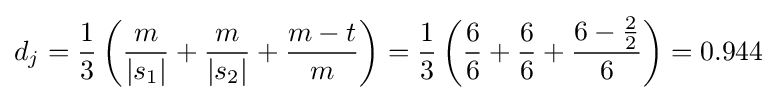
d_{j}={\frac {1}{3}}\left({\frac {m}{|s_{1}|}}+{\frac {m}{|s_{2}|}}+{\frac {m-t}{m}}\right)={\frac {1}{3}}\left({\frac {6}{6}}+{\frac {6}{6}}+{\frac {6-{\frac {2}{2}}}{6}}\right)=0.944